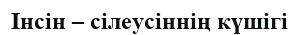
Інсін – сілеусіннің күшігі